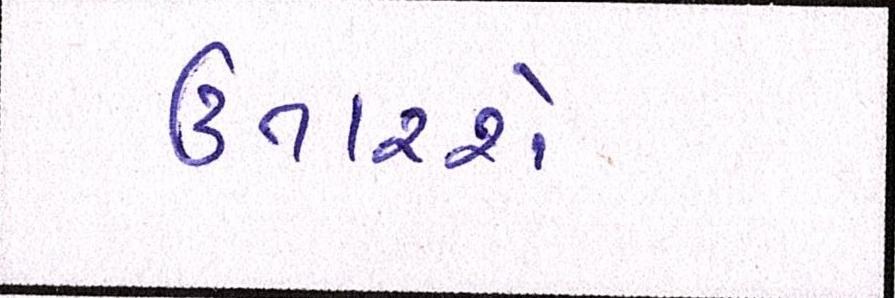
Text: ઉતારશે